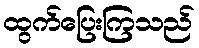
ထွက်ပြေးကြသည်